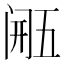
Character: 𮤴